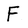
Character: F